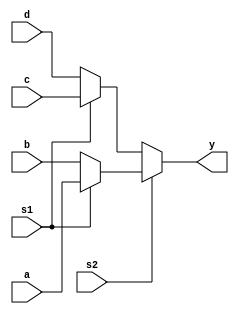
//Design a 4x1 mux using verilog
module  mux_4to1 (
    a,b,c,d,s1,s2,y
);
    input a,b,c,d,s1,s2;
    output y;
    // assign y=s2?((s1?a:b):(s1?c:d);
    assign y=s2?(s1?a:b):(s1?c:d);

endmodule


module testbench;
reg a,b,c,d,s1,s2;
wire y;
mux_4to1 a1(a,b,c,d,s1,s2,y);
initial begin
    $dumpfile("wave.vcd");
    $dumpvars(0, testbench);

    $monitor("a = %b b= %b c= %b d= %b s1 =%b s2 = %b y=%b",a,b,c,d,s1,s2,y);
    
    a=0;b=1;c=0;d=1;s1=0;s2=0;#100;
    a=0;b=1;c=0;d=1;s1=0;s2=1;#100;
    a=0;b=1;c=0;d=1;s1=1;s2=0;#100;
    a=0;b=1;c=0;d=1;s1=1;s2=1;#100;

    // $display("a = %b b= %b c= %b d= %b s1 =%b s2 = %b y=%b",a,b,c,d,s1,s2,y);
end
    
endmodule